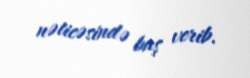
nəticəsində baş verib.